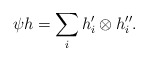
\begin{align*}\psi h = \sum_i h'_i\otimes h''_i.\end{align*}